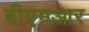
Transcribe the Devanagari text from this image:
बीएमआर